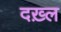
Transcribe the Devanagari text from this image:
दख़्ल